Report on vaccination in the Province of Bengal - 1874-1889
Year: 1874
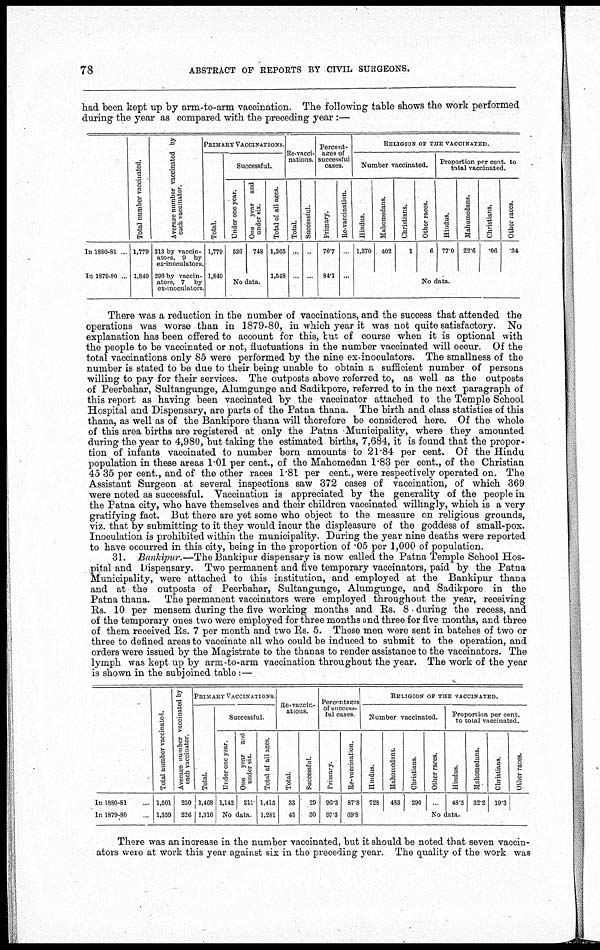
78
ABSTRACT OF REPORTS BY CIVIL SURGEONS.
had been kept up by arm-to-arm vaccination. The following table shows the work performed
during the year as compared with the preceding year :—
In 1880-81 ...
In 1879-80 ...
Total number vaccinated.
1,779
1,840
Average number vaccinated by
each vaccinator.
313 by vaccin-
ators, 9 by
ex-inoculators.
296 by vaccin-
ators, 7 by
ex-inoculators.
PRIMARY VACCINATIONS.
Total.
1,779
1,840
Successful.
Under one year.
536
One year and
under six.
748
No data.
Total of all ages.
1,365
1,548
Re-vacci-
nations.
Total.
...
...
Successful.
...
...
Percent-
ages of
successful
cases.
Primary.
76.7
84.1
Re-vaccination.
...
...
RELIGION OF THE VACCINATED.
Number vaccinated.
Hindus.
1,370
Mahomedans.
402
Christians.
1
Other races.
6
Proportion per cent. to
total vaccinated.
Hindus.
77.0
Mahomedans.
22.6
Christians.
.06
Other races.
.34
No data.
There was a reduction in the number of vaccinations, and the success that attended the
operations was worse than in 1879-80, in which year it was not quite satisfactory. No
explanation has been offered to account for this, but of course when it is optional with
the people to be vaccinated or not, fluctuations in the number vaccinated will occur. Of the
total vaccinations only 85 were performed by the nine ex-inoculators. The smallness of the
number is stated to be due to their being unable to obtain a sufficient number of persons
willing to pay for their services. The outposts above referred to, as well as the outposts
of Peerbahar, Sultangunge, Alumgunge and Sadikpore, referred to in the next paragraph of
this report as having been vaccinated by the vaccinator attached to the Temple School
Hospital and Dispensary, are parts of the Patna thana. The birth and class statistics of this
thana, as well as of the Bankipore thana will therefore be considered here. Of the whole
of this area births are registered at only the Patna Municipality, where they amounted
during the year to 4,980, but taking the estimated births, 7,684, it is found that the propor-
tion of infants vaccinated to number born amounts to 21.84 per cent. Of the Hindu
population in these areas 1.01 per cent., of the Mahomedan 1.83 per cent., of the Christian
45.35 per cent., and of the other races 1.81 per cent., were respectively operated on. The
Assistant Surgeon at several inspections saw 372 cases of vaccination, of which 369
were noted as successful. Vaccination is appreciated by the generality of the people in
the Patna city, who have themselves and their children vaccinated willingly, which is a very
gratifying fact. But there are yet some who object to the measure on religious grounds,
viz. that by submitting to it they would incur the displeasure of the goddess of small-pox.
Inoculation is prohibited within the municipality. During the year nine deaths were reported
to have occurred in this city, being in the proportion of .05 per 1,000 of population.
31. Bankipur.—The Bankipur dispensary is now called the Patna Temple School Hos-
pital and Dispensary. Two permanent and five temporary vaccinators, paid by the Patna
Municipality, were attached to this institution, and employed at the Bankipur thana
and at the outposts of Peerbahar, Sultangunge, Alumgunge, and Sadikpore in the
Patna thana. The permanent vaccinators were employed throughout the year, receiving
Rs. 10 per mensem during the five working months and Rs. 8 during the recess, and
of the temporary ones two were employed for three months and three for five months, and three
of them received Rs. 7 per month and two Rs. 5. These men were sent in batches of two or
three to defined areas to vaccinate all who could be induced to submit to the operation, and
orders were issued by the Magistrate to the thanas to render assistance to the vaccinators. The
lymph was kept up by arm-to-arm vaccination throughout the year. The work of the year
is shown in the subjoined table:—
In 1880-81...
In 1879-80...
Total number vaccinated.
1,501
1,359
Average number vaccinated by
each vaccinator.
250
226
PRIMARY VACCINATIONS.
Total.
1,468
1,316
Successful.
Under one year.
1,142
One year and
under six.
211
No data.
Total of all ages.
1,415
1,281
Re-vaccin-
ations.
Total.
33
43
Successful.
29
30
Percentages
of success-
ful cases.
Primary.
96.3
97.3
Re-vaccination.
87.8
69.8
RELIGION OF THE VACCINATED.
Number vaccinated.
Hindus.
728
Mahomedans.
483
Christians.
290
Other races.
...
Proportion per cent.
to total vaccinated.
Hindus.
48.5
Mahomedans.
32.2
Christians.
19.3
Other races.
...
No Data.
There was an increase in the number vaccinated, but it should be noted that seven vaccin-
ators were at work this year against six in the preceding year. The quality of the work was